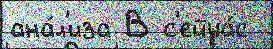
ана́л'иза В с'ейча́с